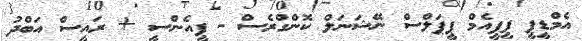
އެމްޑީޕީ ޕީޕީއެމް ޕީޕަލްސް ނޭޝަނަލް ކޮންގްރެސް - ޕީއެންސީ + ރައީސް އަބްދު